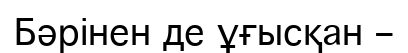
Бәрінен де ұғысқан –